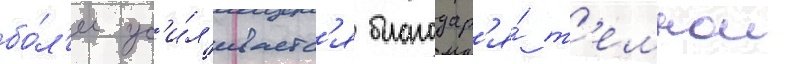
бо́л'ее ус'и́л'иваетс'я благодар'я́ т'емнои